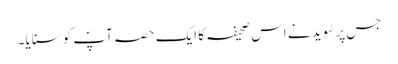
جس پر سُوَید نے اس صحیفہ کا ایک حصہ آپؐ کو سنایا۔